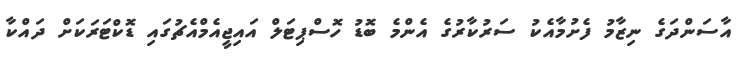
އާސަންދަގެ ނިޒާމު ފެށުމާއެކު ސަރުކާރުގެ އެންމެ ބޮޑު ހޮސްޕިޓަލް އައިޖީއެމްއެޗުގައި ޑޮކްޓަރަކަށް ދައްކާ